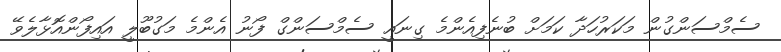
ސެމްސަންގުން މަކަރުހަދާ ކަމަށް ބުނެފިއެންމެ ގިނައީ ސެމްސަންގް ފޯނު އެންމެ މަގުބޫލީ އައިފޯންއޮޅާލެވޭ